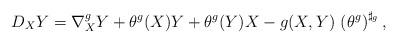
LaTeX: \begin{align*} D _X Y = \nabla ^g _X Y + \theta ^g (X) Y + \theta ^g (Y) X - g (X, Y) \, \left(\theta ^g\right) ^{\sharp _g}, \end{align*}